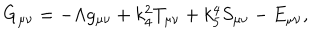
LaTeX: G _ { \mu \nu } = - \Lambda g _ { \mu \nu } + k _ { 4 } ^ { 2 } T _ { \mu \nu } + k _ { 5 } ^ { 4 } S _ { \mu \nu } - E _ { \mu \nu } ,